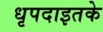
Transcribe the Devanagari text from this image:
धृपदाइतके